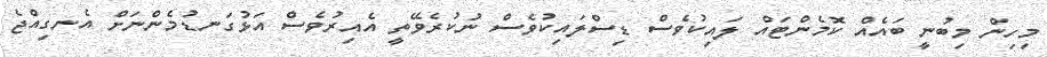
މިހިން މިބުނީ ބައެއް ކޮމެންޓައް ލައިކުވެސް ޑިސްލައިކުވެސް ނުކުރެވޭތީ އެއިރުވެެސް އަޅުގަނޑުމެންނަށް އެނގިއްޖެ